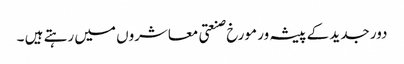
دور جدید کے پیشہ ور مورخ صنعتی معاشروں میں رہتے ہیں ۔